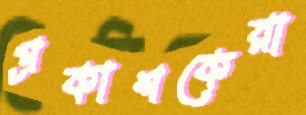
প্রকাশকেরা